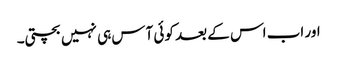
اور اب اس کے بعد کوئی آس ہی نہیں بچتی۔